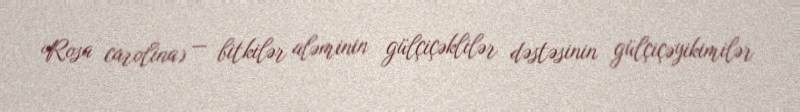
Rosa carolina) — bitkilər aləminin gülçiçəklilər dəstəsinin gülçiçəyikimilər